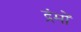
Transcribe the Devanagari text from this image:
द्रंमों